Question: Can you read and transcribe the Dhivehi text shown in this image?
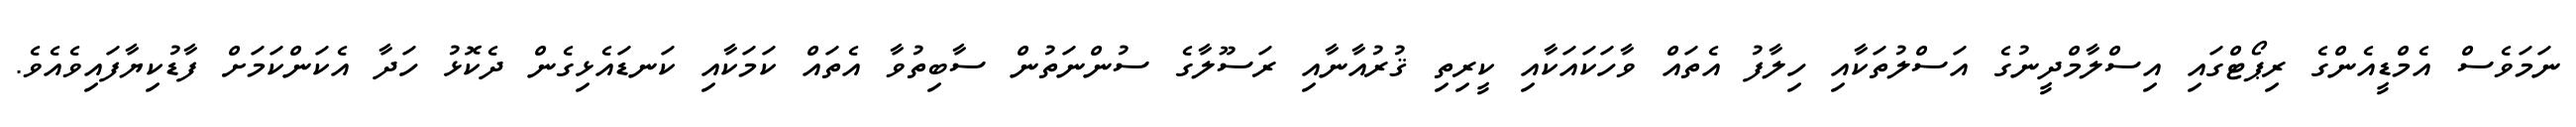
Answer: ނަމަވެސް އެމްޑީއެންގެ ރިޕޯޓްގައި އިސްލާމްދީނުގެ އަސްލުތަކާއި ހިލާފު އެތައް ވާހަކައަކާއި ކީރިތި ޤުރުއާނާއި ރަސޫލާގެ ސުންނަތުން ސާބިތުވާ އެތައް ކަމަކާއި ކަނޑައެޅިގެން ދެކޮޅު ހަދާ އެކަންކަމަށް ފާޑުކިޔާފައިވެއެވެ.